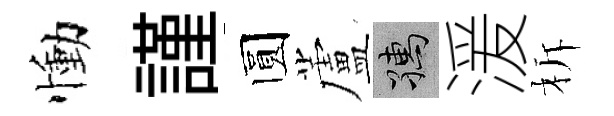
慟謹圆蘆孺湲柝